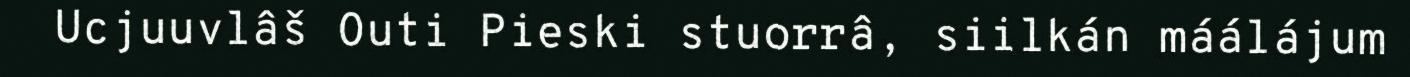
Ucjuuvlâš Outi Pieski stuorrâ, siilkán máálájum